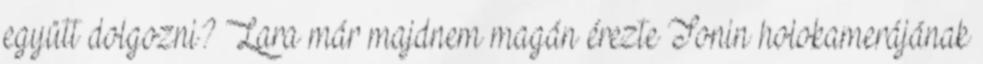
együtt dolgozni? Lara már majdnem magán érezte Tonin holokamerájának